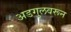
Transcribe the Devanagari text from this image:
अडगुलवरून